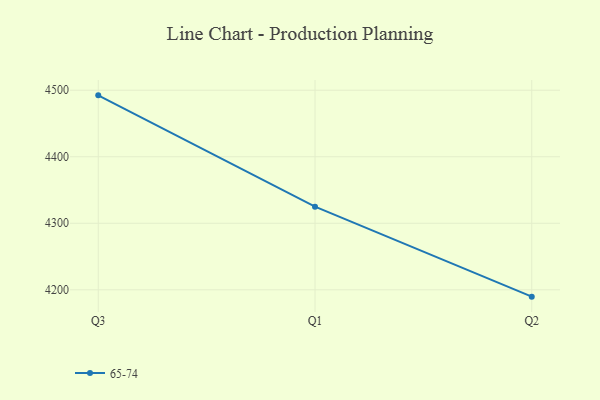
{"axis": {"x": "Quarter", "y": "Population (Million)"}, "legend": ["65-74"], "data": [{"x": "Q3", "y": 4492.3, "type": "65-74"}, {"x": "Q1", "y": 4325.0, "type": "65-74"}, {"x": "Q2", "y": 4189.7, "type": "65-74"}]}